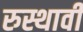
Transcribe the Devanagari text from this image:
रुस्थावी